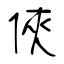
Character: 俠